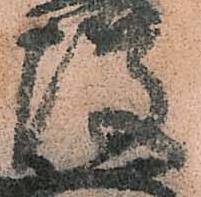
瓊